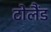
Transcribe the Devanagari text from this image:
टोलैंड